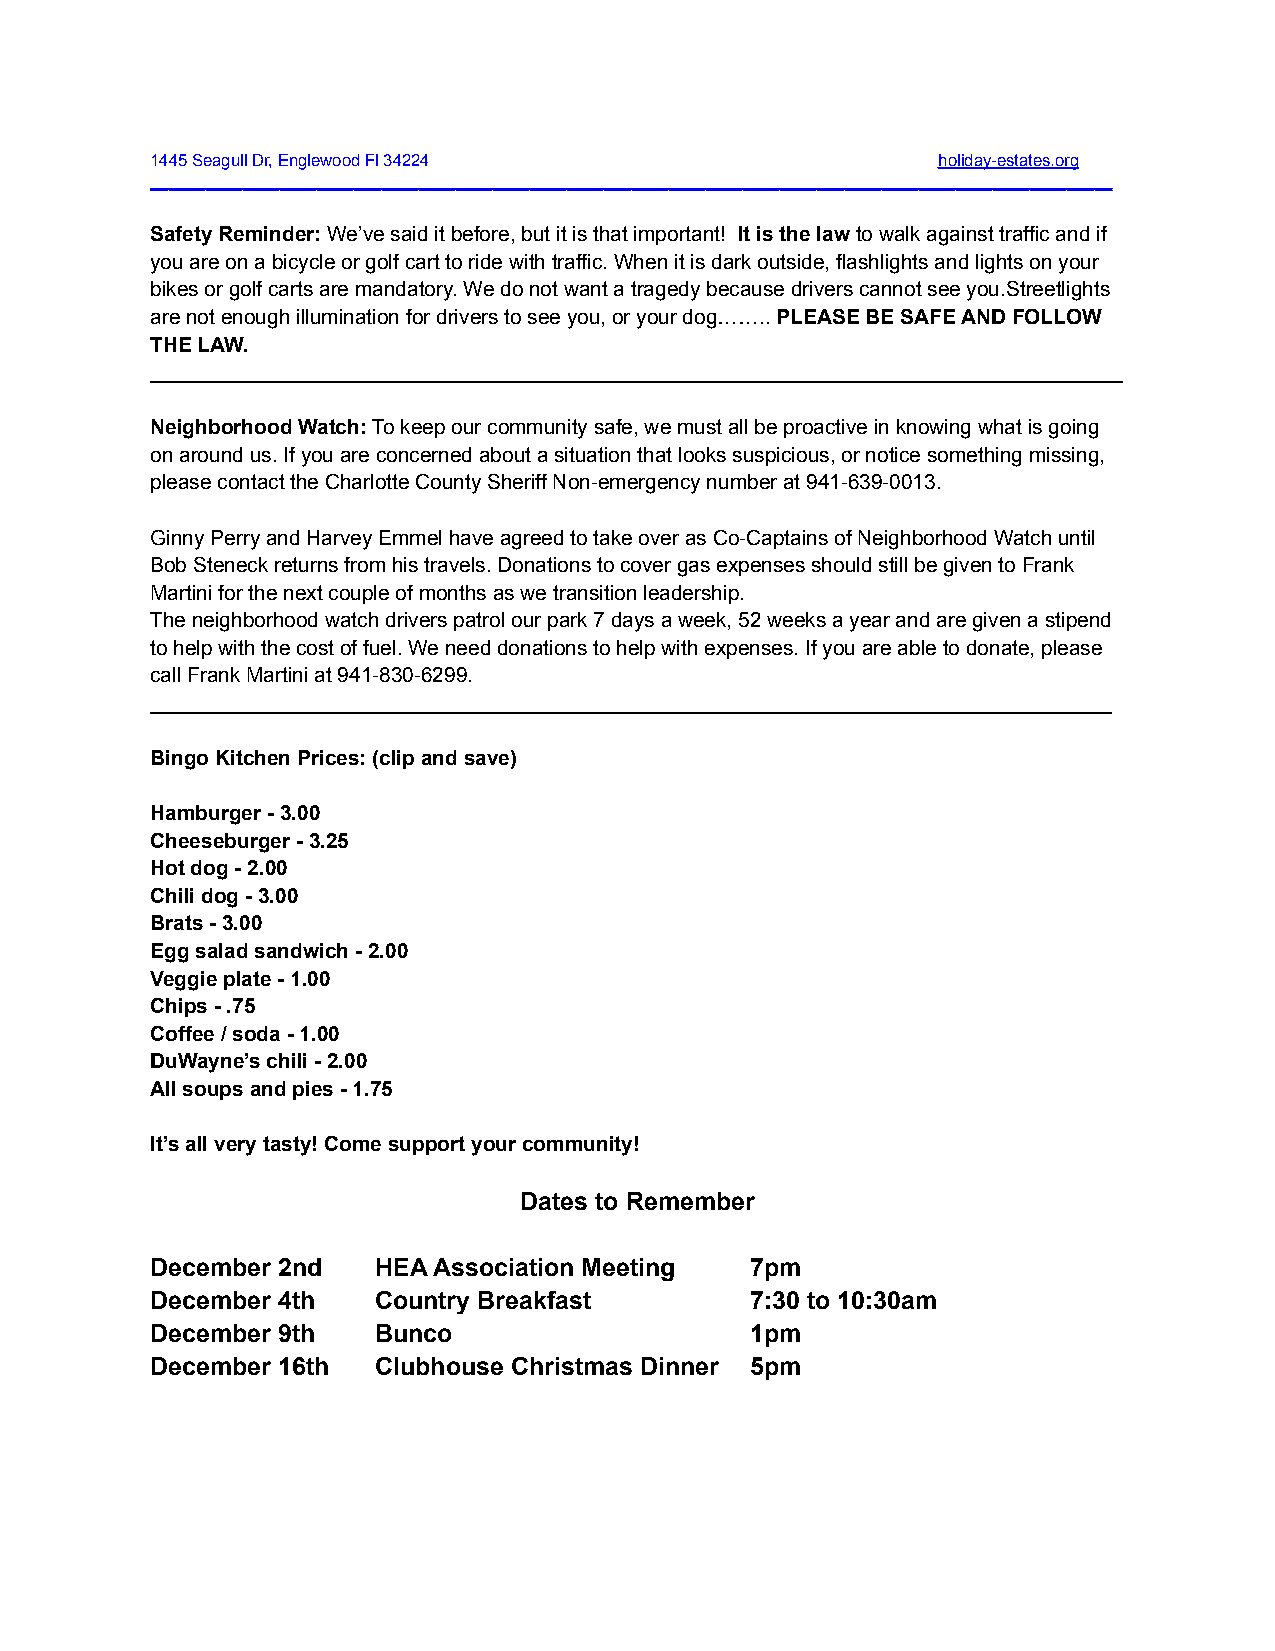
1445 Seagull Dr, Englewood Fl 34224                 holiday-estates.org
 ________________________________________________________________________________________________________
 Safety Reminder:We’ve said it before, but it is thatimportant! It is the lawto walk against trafficand if
 you are on a bicycle or golf cart to ride with traffic. When it is dark outside, flashlights and lights on your
 bikes or golf carts are mandatory. We do not want a tragedy because drivers cannot see you.Streetlights
 are not enough illumination for drivers to see you, or your dog……..PLEASE BE SAFE AND FOLLOW
 THE LAW.
 ____________________________________________________________________________________
 Neighborhood Watch:To keep our community safe, wemust all be proactive in knowing what is going
 on around us. If you are concerned about a situation that looks suspicious, or notice something missing,
 please contact the Charlotte County Sheriff Non-emergency number at 941-639-0013.
 Ginny Perry and Harvey Emmel have agreed to take over as Co-Captains of Neighborhood Watch until
 Bob Steneck returns from his travels. Donations to cover gas expenses should still be given to Frank
 Martini for the next couple of months as we transition leadership.
 The neighborhood watch drivers patrol our park 7 days a week, 52 weeks a year and are given a stipend
 to help with the cost of fuel. We need donations to help with expenses. If you are able to donate, please
 call Frank Martini at 941-830-6299.
 ___________________________________________________________________________________
 Bingo Kitchen Prices: (clip and save)
 Hamburger - 3.00
 Cheeseburger - 3.25
 Hot dog - 2.00
 Chili dog - 3.00
 Brats - 3.00
 Egg salad sandwich - 2.00
 Veggie plate - 1.00
 Chips - .75
 Coffee / soda - 1.00
 DuWayne’s chili - 2.00
 All soups and pies - 1.75
 It’s all very tasty! Come support your community!
 Dates to Remember
 December 2nd   HEA Association Meeting  7pm
 December 4th   Country Breakfast        7:30 to 10:30am
 December 9th   Bunco                    1pm
 December 16th  Clubhouse Christmas Dinner 5pm